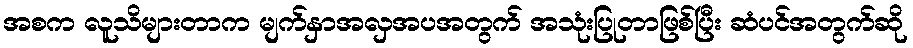
အစက လူသိများတာက မျက်နှာအလှအပအတွက် အသုံးပြုတာဖြစ်ပြီး ဆံပင်အတွက်ဆို